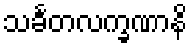
သင်္ခတလက္ခဏာနိ